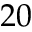
2 0